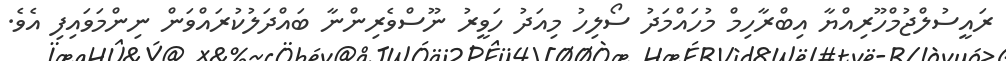
ރައީސުލްޖުމްހޫރިއްޔާ އިބްރާހިމް މުހައްމަދު ސޯލިހު މިއަދު ހަވީރު ނޫސްވެރިންނާ ބައްދަލުކުރައްވަން ނިންމަވައިފި އެވެ.